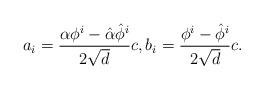
LaTeX: \begin{align*}a_i = \frac{\alpha \phi^i - \hat \alpha \hat \phi^i}{2 \sqrt{d}}c,b_i = \frac{\phi^i- \hat \phi^i}{2 \sqrt{d}}c.\end{align*}